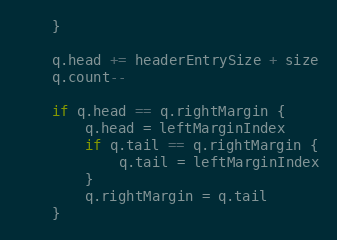
Language: Go
	}

	q.head += headerEntrySize + size
	q.count--

	if q.head == q.rightMargin {
		q.head = leftMarginIndex
		if q.tail == q.rightMargin {
			q.tail = leftMarginIndex
		}
		q.rightMargin = q.tail
	}